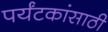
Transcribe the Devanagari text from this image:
पर्यंटकांसाठी